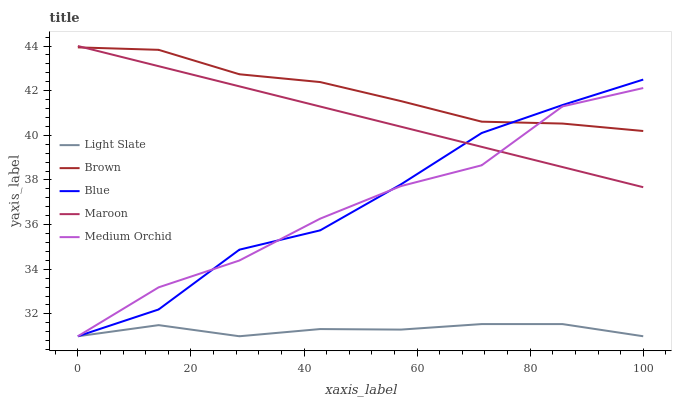
| xaxis_label | Light Slate | Brown | Blue | Maroon | Medium Orchid |
 | --- | --- | --- | --- | --- | --- |
 | 0 | 31 | 43.9 | 31 | 44 | 31 |
 | 14.3 | 31.5 | 43.8 | 32.2 | 43.1 | 33.2 |
 | 28.6 | 31 | 42.7 | 34.9 | 42.2 | 34.4 |
 | 42.9 | 31.3 | 42.4 | 35.7 | 41.3 | 36.3 |
 | 57.1 | 31.3 | 41.5 | 37.8 | 40.4 | 37.7 |
 | 71.4 | 31.5 | 40.6 | 40.1 | 39.5 | 38.7 |
 | 85.7 | 31.5 | 40.5 | 41.4 | 38.6 | 41.3 |
 | 100 | 31 | 40.2 | 42.5 | 37.7 | 42.1 |